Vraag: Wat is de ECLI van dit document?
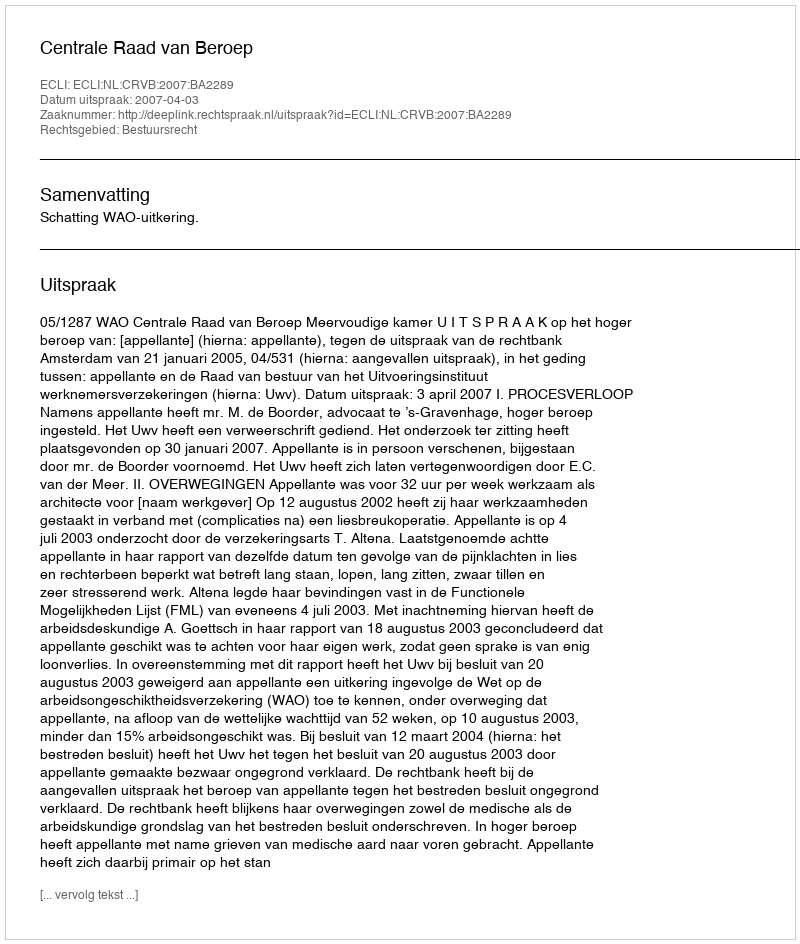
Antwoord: ECLI:NL:CRVB:2007:BA2289